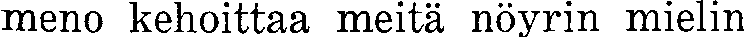
meno kehoittaa meitä nöyrin mielin